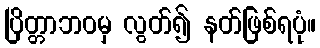
ပြိတ္တာဘဝမှ လွတ်၍ နတ်ဖြစ်ရပုံ။